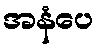
အနံပေ